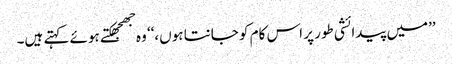
’’میں پیدائشی طور پر اس کام کو جانتا ہوں،‘‘ وہ جھجھکتے ہوئے کہتے ہیں۔